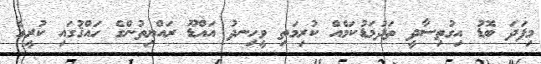
މިފަދަ ބޮޑު އިގުތިސާދީ ތަދުމަޑުކަމެއް ކުރިމަތި ވީހިނދު އައްޑޫ ރައްޔިތުންގެ ހައްޤުގައި ކުރީގެ